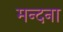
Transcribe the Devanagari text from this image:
मन्दना